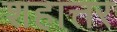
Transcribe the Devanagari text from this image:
शहात्तर